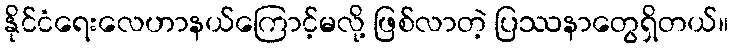
နိုင်ငံရေးလေဟာနယ်ကြောင့်မလို့ ဖြစ်လာတဲ့ ပြဿနာတွေရှိတယ်။